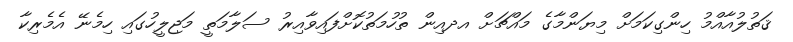
ޤަތުލުއާއްމު ހިންގިކަމަށް މިޔަންމާގެ މައްޗަށް އދއިން ތުހުމަތުކޮށްފައިވާއިރު ސަލާމަތީ މަޖިލީހުގައި ހިމެނޭ އެމެރިކާ